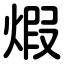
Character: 煆